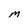
Character: m